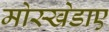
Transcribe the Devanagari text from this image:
मोस्खेडाए